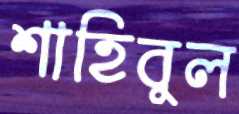
শাহিবুল